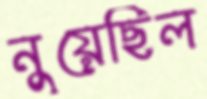
নুয়েছিল